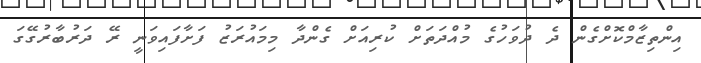
އިންތިޒާމްކޮށްގެން ދެ ދުވަހުގެ މުއްދަތަށް ކުރިއަށް ގެންދާ މިމައުރަޒު ފަށާފައިވަނީ ރޭ ދަރުބާރުގޭގަ